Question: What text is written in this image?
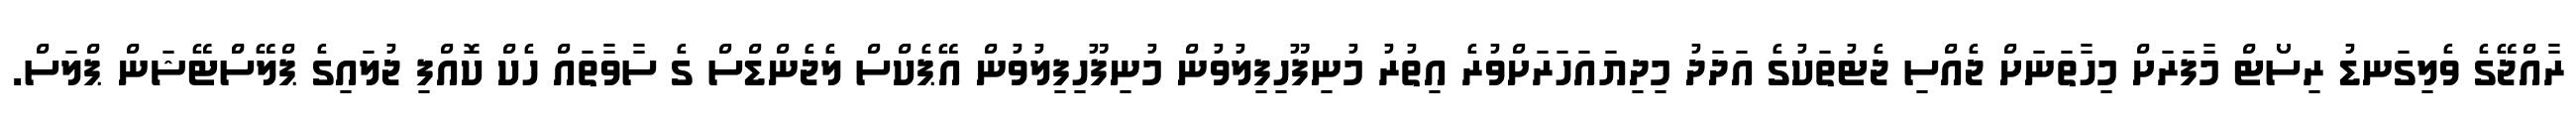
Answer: ރާއްޖޭގެ ވެލިގަނޑު ރިސޯޓް މާފަރަށް މިހާތަނަށް ޖެއްސި ޖެޓުތަކުގެ އަދަދު މިދިޔައަހަރަށްވުރެ އިތުރު މުނިފޫހިފިލުވުން މުނިފޫހިފިލުވުން އޭޕެކްސް ލެޖެންޑްސް ގެ ސާވާތައް ހެކް ކޮއްފި ޖުލައިގެ ޕްލޭސްްޓޭޝަން ޕްލަސް.